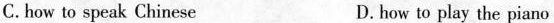
C.how to speak Chinese D.how to play the piano